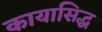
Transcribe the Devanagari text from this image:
कायासिद्ध